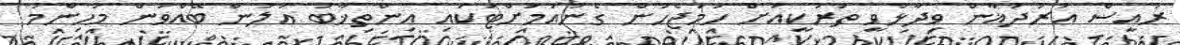
ރައީސް އުރުދުޣާން ވިދާޅުވީ ތުރުކީއަށް ހަމަޖެހުން ގެނައުމަށްޓަކައި އިންތިޚާބު އަލުން ބޭއްވުން މުހިންމު